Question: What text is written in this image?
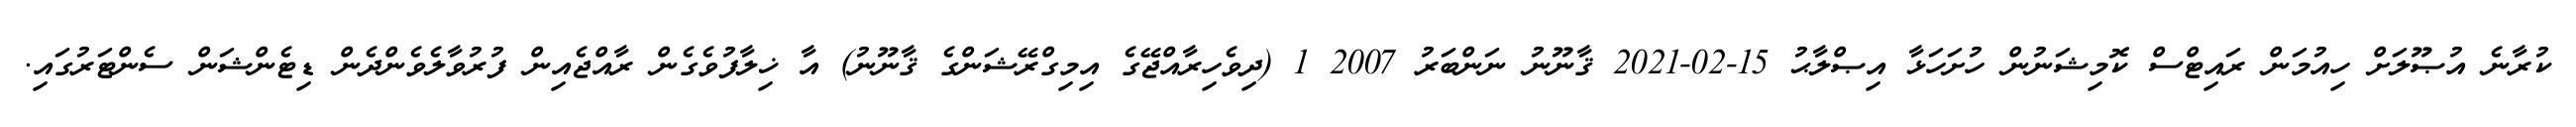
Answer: ކުރާނެ އުޞޫލަށް ހިއުމަން ރައިޓްސް ކޮމިޝަނުން ހުށަހަޅާ އިޞްލާޙު 15-02-2021 ޤާނޫނު ނަންބަރު 2007 1 (ދިވެހިރާއްޖޭގެ އިމިގްރޭޝަންގެ ޤާނޫނު) އާ ޚިލާފުވެގެން ރާއްޖެއިން ފުރުވާލެވެންދެން ޑިޓެންޝަން ސެންޓަރުގައި.